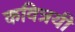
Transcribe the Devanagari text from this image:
कवित्रयी